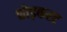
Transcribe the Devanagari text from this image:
छोड़करट